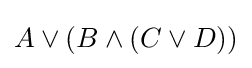
A\lor (B\land (C\lor D))